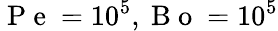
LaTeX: \mathrm{~P~e~}=10^{5},\mathrm{~B~o~}=10^{5}